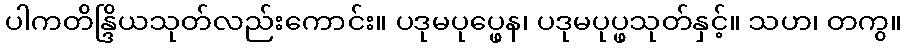
ပါကတိန္ဒြိယသုတ်လည်းကောင်း။ ပဒုမပုပ္ဖေန၊ ပဒုမပုပ္ဖသုတ်နှင့်။ သဟ၊ တကွ။